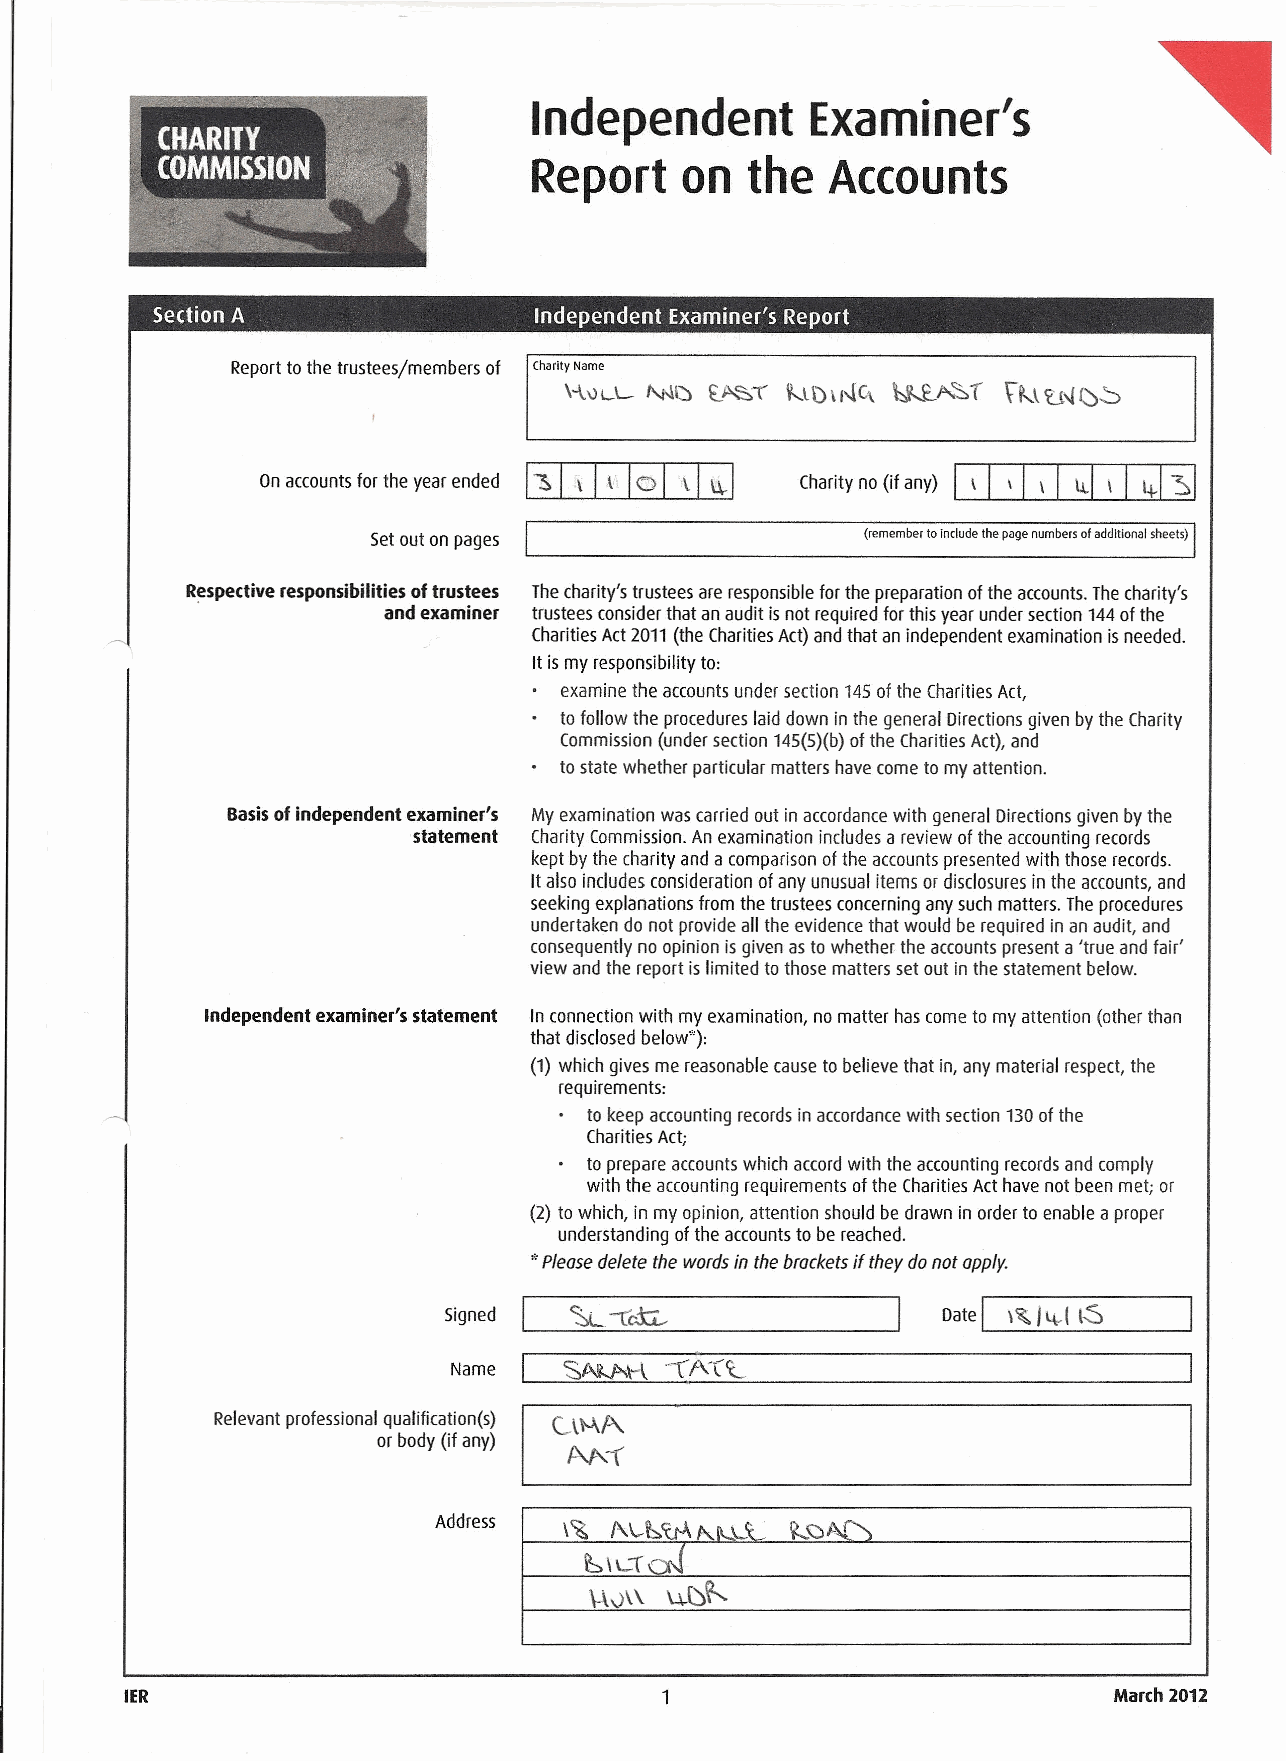
Independent        Examiner's
 Report    on  the   Accounts
 Section A                Independent Examiner's Report
 Reporttothe trustees/members of
 Charity Name            ~v,~r
 \-h)LL- "-t-lI:J ~~-r \\....l\)\I--r~ VP--J £J\{()~
 Onaccountsfor the yearended ~       Charityno(if any) ~
 Setoutonpages                   (remember toinclude thepage numbers ofadditional sheets)
 Respectiveresponsibilities oftrustees Thecharity's trusteesareresponsibleforthe preparation ofthe accounts.Thecharity's
 ,           and examiner trusteesconsiderthat anaudit isnot requiredforthisyearundersection 144ofthe
 CharitiesAct2011(the CharitiesAct)andthat anindependent examination isneeded.
 Itismy responsibility to:
 examine the accountsunder section 145ofthe CharitiesAct,
 tofollow the procedureslaiddown inthe general Directionsgiven bythe Charity
 Commission(undersection 14S(5)(b)ofthe CharitiesAct),and
 tostate whether particular matters havecometo myattention.
 Basisofindependent examiner's Myexamination wascarried out inaccordancewith general Directionsgiven bythe
 statement CharityCommission.Anexamination includesareview ofthe accounting records
 keptbythe charity andacomparison ofthe accountspresented with those records.
 Italsoincludesconsideration ofanyunusualitems ordisclosuresinthe accounts,and
 seeking explanations from the trustees concerning anysuchmatters. Theprocedures
 undertaken donot provide allthe evidencethat would berequired inanaudit, and
 consequently noopinion isgivenasto whether the accountspresenta'true andfair'
 view andthe report islimited tothose matters setout inthe statement below.
 Independent examiner's statement Inconnection with my examination, nomatter hascometo myattention (other than
 that disclosedbelow").
 (1) which givesmereasonablecausetobelieve that in,anymaterial respect,the
 requirements:
 to keepaccounting recordsinaccordancewith section 130ofthe
 CharitiesActi
 toprepareaccountswhich accordwith the accounting recordsandcomply
 with the accounting requirements ofthe CharitiesActhavenot beenmet, or
 (2) towhich, inmy opinion, attention should bedrawn in orderto enable aproper
 understanding ofthe accountsto bereached.
 ,',Pleasedelete the wordsin thebracketsif they donot apply.
 I
 Signed                           Date \~I4-ll-S
 Name
 Relevantprofessional qualification(s)
 orbody (if any)
 Address \~ 1\\...~<cA",I\.LC( ~()~~
 ~\L-\oJ
 \..i.D~
 \-\0\\
 IER                                 1                             March2012